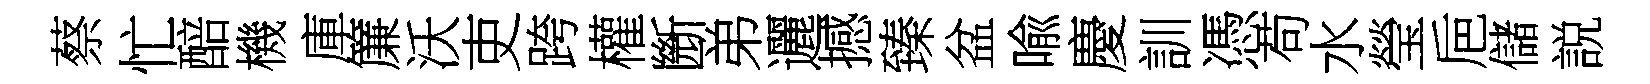
蔡忙醅機庫簾沃吏跨權㫁弟邐撼臻盆喩慶訓憑苟水瑩巵儲説